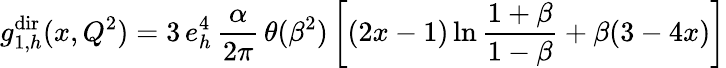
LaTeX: g_{1,h}^{\mathrm{dir}}(x,Q^{2})=3\, e_{h}^{4}\, \frac{\alpha}{2\pi}\, \theta(\beta^{2})\left[(2x-1)\ln\frac{1+\beta}{1-\beta}+\beta(3-4x)\right]